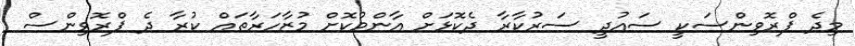
މިދެ ޕްރޮވިންސަކީ ސައުދީ ސަރުކާރާ ދެކޮޅަށް އާންމުކޮށް މުޒާހަރާތައް ކުރާ ދެ ޕްރޮވިންސް